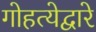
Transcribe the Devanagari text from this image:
गोहत्येद्वारे